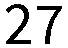
27